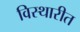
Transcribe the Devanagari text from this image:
विस्थारीत